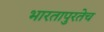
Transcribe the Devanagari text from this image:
भारतापुरतेच